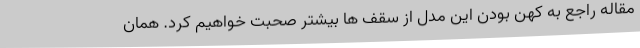
مقاله راجع به کهن بودن این مدل از سقف ها بیشتر صحبت خواهیم کرد. همان